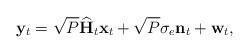
LaTeX: \begin{align*}\mathbf{y}_t = \sqrt{P}\widehat{\mathbf{H}}_{t}\mathbf{x}_t+\sqrt{P} \sigma_{e}\mathbf{n}_t+\mathbf{w}_t,\end{align*}